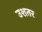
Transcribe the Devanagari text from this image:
उशतर